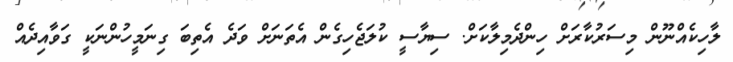
ލާހިކެއްނޫން މިސަރުކާރަށް ހިންދެމިލާކަށް. ސިޔާސީ ކުލަޖެހިގެން އެތަނަށް ވަދެ އެތިބަ ގިނަމީހުންނަކީ ގަވާއިދެއް